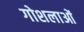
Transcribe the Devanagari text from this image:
गोशलाओं